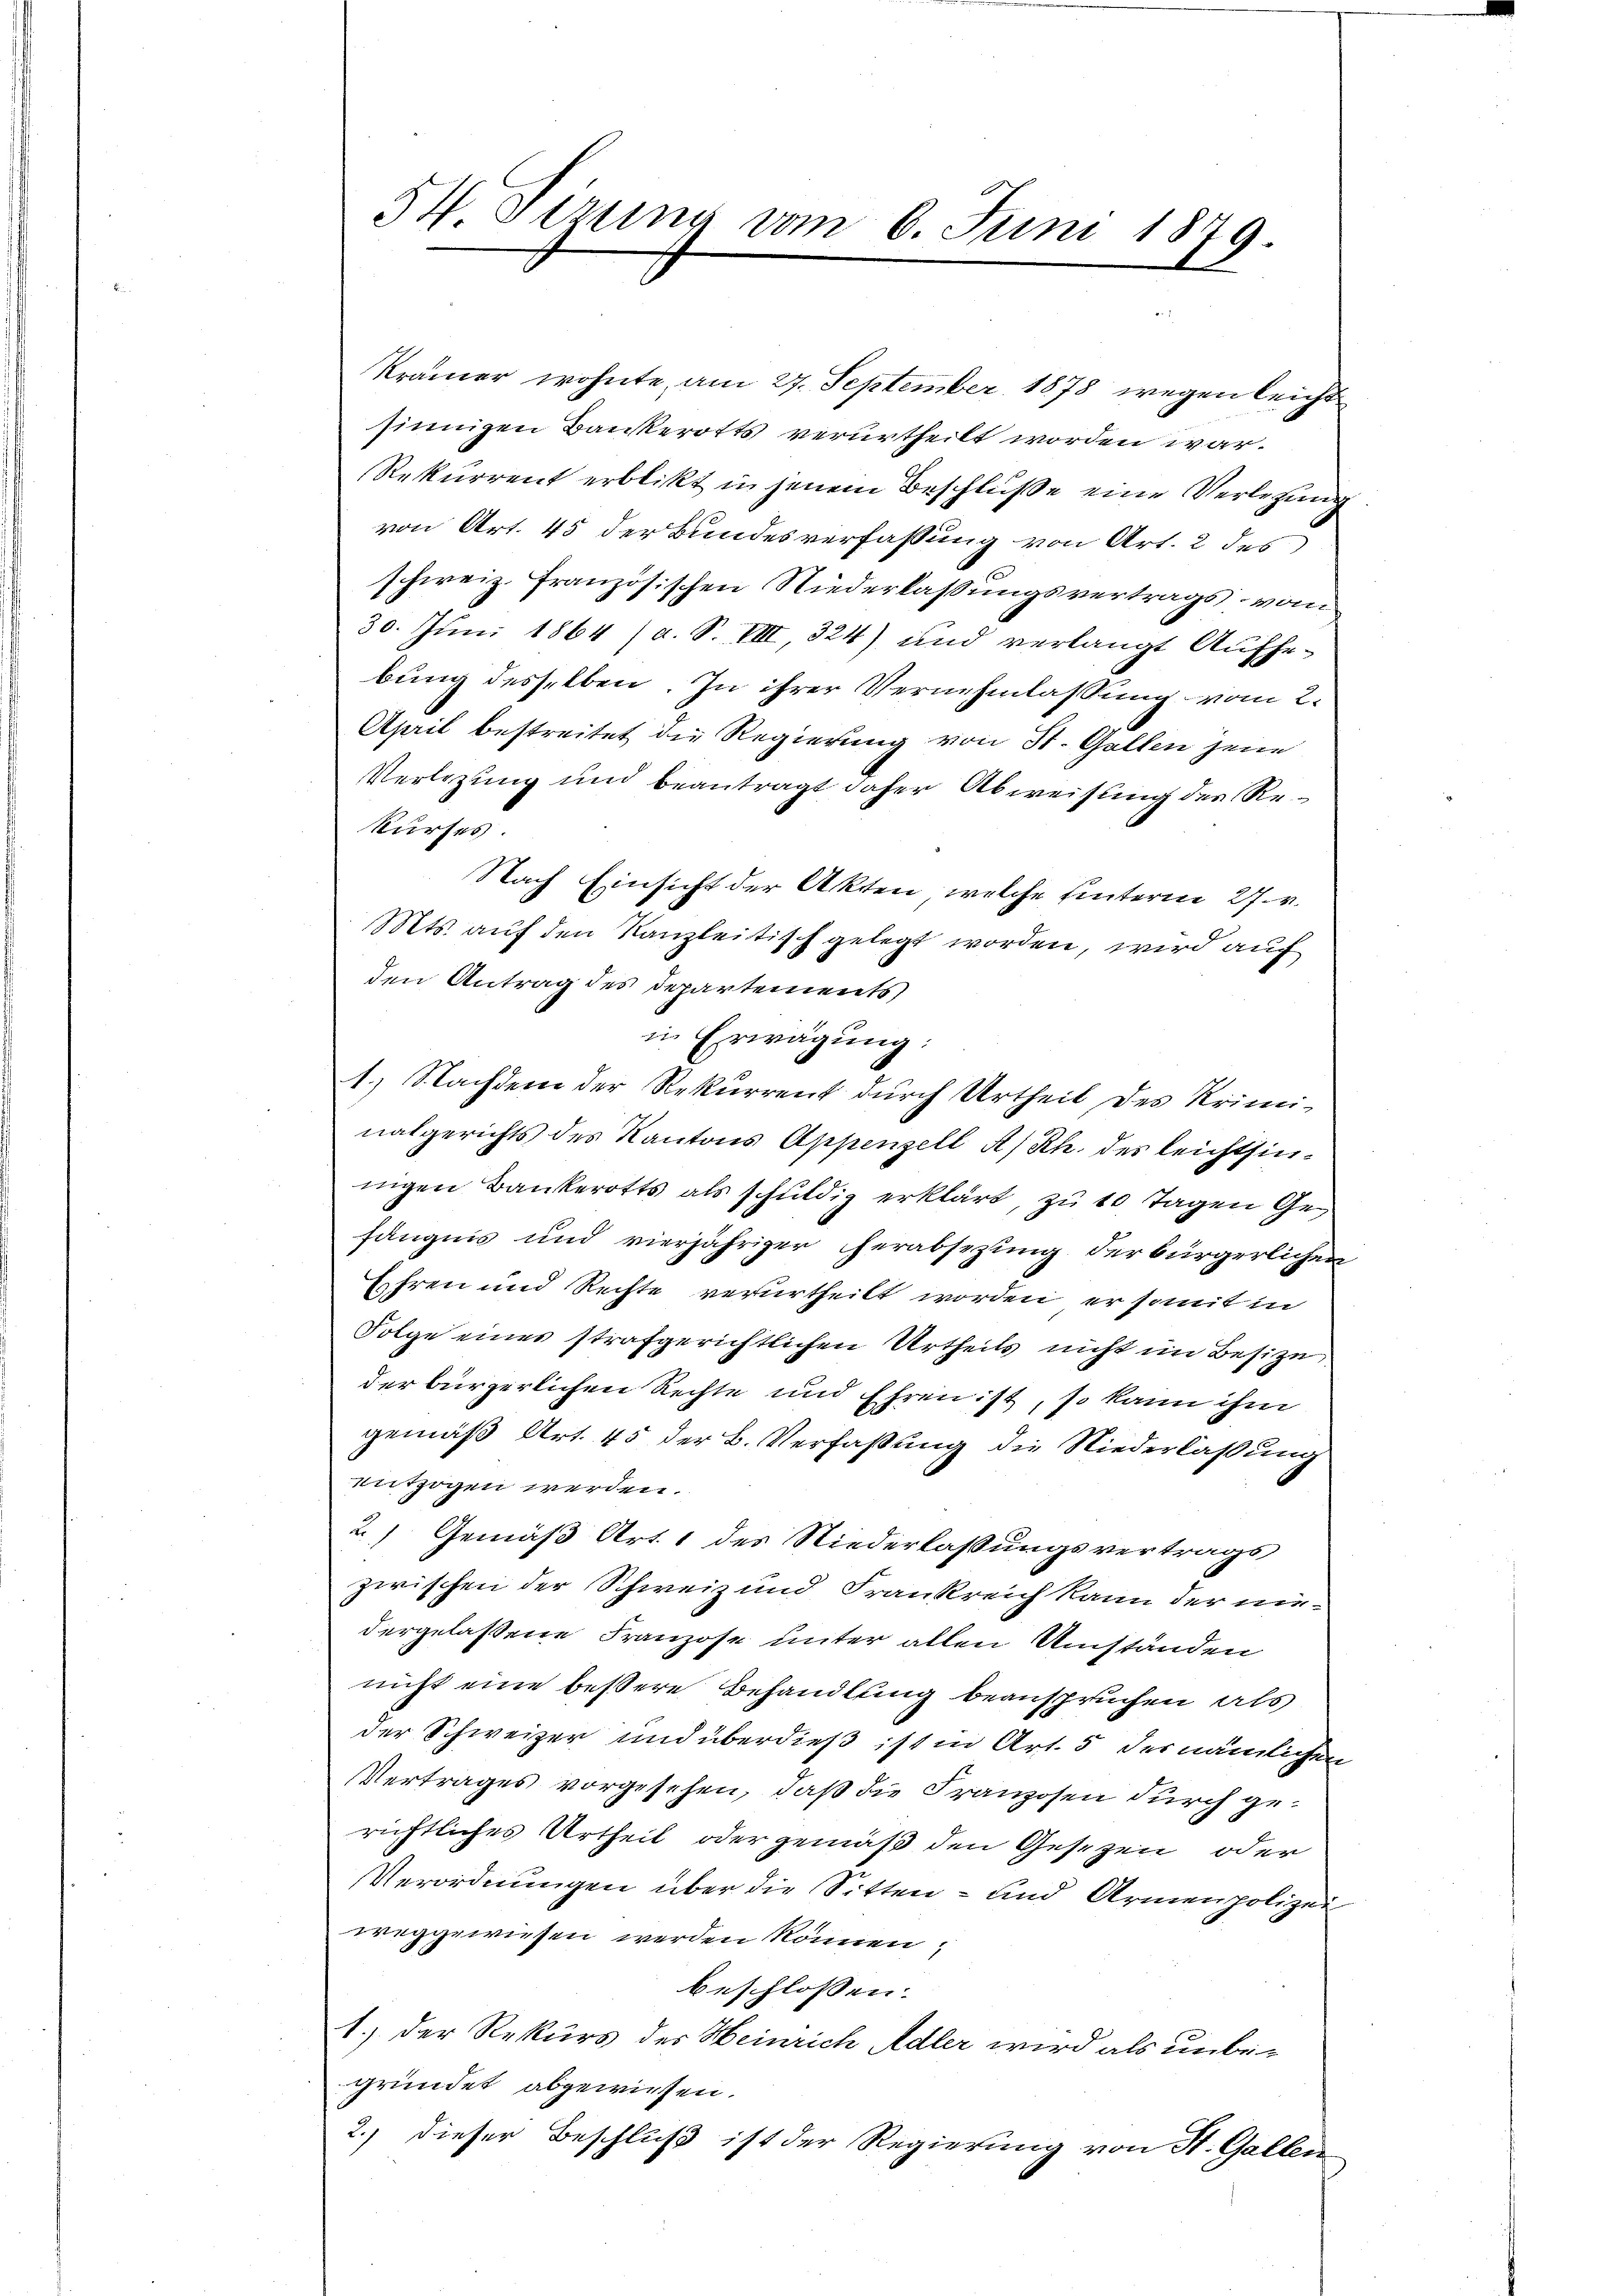
54. Sitzung vom 6. Juni 1879.

Krämer wohnte, am 27. September 1878 wegen leicht
sinnigen Bankerotts verurtheilt worden war.
Rekurrent erblikt in jenem Beschluße eine Verlegung
von Art. 45 der Bundesverfassung von Art. 2 des
schweiz. Französischen Niederlassungsvertrags vom
30. Juni 1864 (a. S. VIII, 324) und verlangt Aufhebung desselben. In ihrer Vernehmlassung vom 2.
April bestreitet die Regierung von St. Gallen jene
Verlegung und beantragt daher Abweisung des Rekurses
Nach Einsicht der Akten, welche hinterm 27. v.
Mts. auf den Kanzleitisch gelegt worden, wird auf
den Antrag des Departements
in Erwägung:
1.) Nachdem der Rekurrent durch Urtheil des Kriminalgerichts des Kantons Appenzell A/Rh. des leichtsinnigen Bankerotts als schuldig erklärt, zu 10 Tagen Gefängnis und vierjähriger herabsezung der bürgerlichen
Ehren und Rechte verurtheilt worden, er somit in
Folge eines strafgerichtlichen Urtheils nicht im Besize
der bürgerlichen Rechte und Ehren ist, so kann ihm
gemäß Art. 45 der B. Verfaßung die Niederlaßung
entzogen werden.
2.) Gemäß Art. 1 des Niederlassungsvertrags
zwischen der Schweiz und Frankreich kann der niedergelassene Franzose unter allen Umständen
nicht eine bessere Behandlung beanspruchen als
der Schweizer und überdieß ist in Art. 5 des nämlichen
Vertrages vorgesehen, daß die Franzosen durch gerichtliches Urtheil oder gemäß den Gesezen oder
Verordnungen über die Sitten- und Armenpolizei
weggewiesen werden können,
beschlossen:
1.) Der Rekurs des Heinrich Adler wird als unbegründet abgewiesen.
2.) dieser Beschluß ist der Regierung von St. Gallen